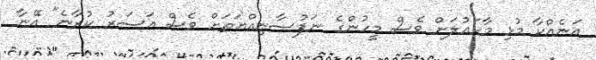
އަނެއްކާ މުޅި މާހައުލަށް ވެސް މީހުންގެ ނަފުސާނިއްޔަތަށް ވެސް އަސަރު ކުރާނެ" އޭނާ